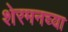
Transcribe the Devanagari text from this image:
शेरमनच्या